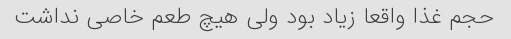
حجم غذا واقعا زیاد بود ولی هیچ طعم خاصی نداشت